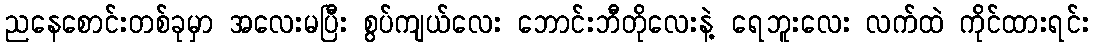
ညနေစောင်းတစ်ခုမှာ အလေးမပြီး စွပ်ကျယ်လေး ဘောင်းဘီတိုလေးနဲ့ ရေဘူးလေး လက်ထဲ ကိုင်ထားရင်း